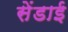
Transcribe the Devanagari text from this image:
सेंडाई